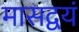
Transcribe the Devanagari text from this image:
मासद्वयं